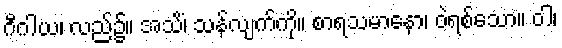
ဂီဂါယ၊ လည်၌။ အသိံ၊ သန်လျက်ကို။ စာရသမာနော၊ ဝဲရစ်သော။ ဝါ၊